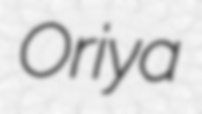
Oriya